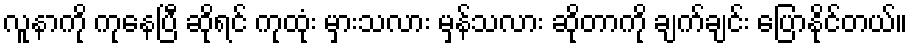
လူနာကို ကုနေပြီ ဆိုရင် ကုထုံး မှားသလား မှန်သလား ဆိုတာကို ချက်ချင်း ပြောနိုင်တယ်။